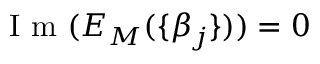
\mathrm { ~ I ~ m ~ } ( E _ { M } ( \{ \beta _ { j } \} ) ) = 0